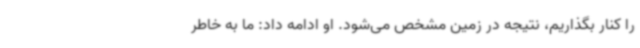
را کنار بگذاریم، نتیجه در زمین مشخص می‌شود. او ادامه داد: ما به خاطر